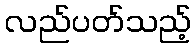
လည်ပတ်သည့်